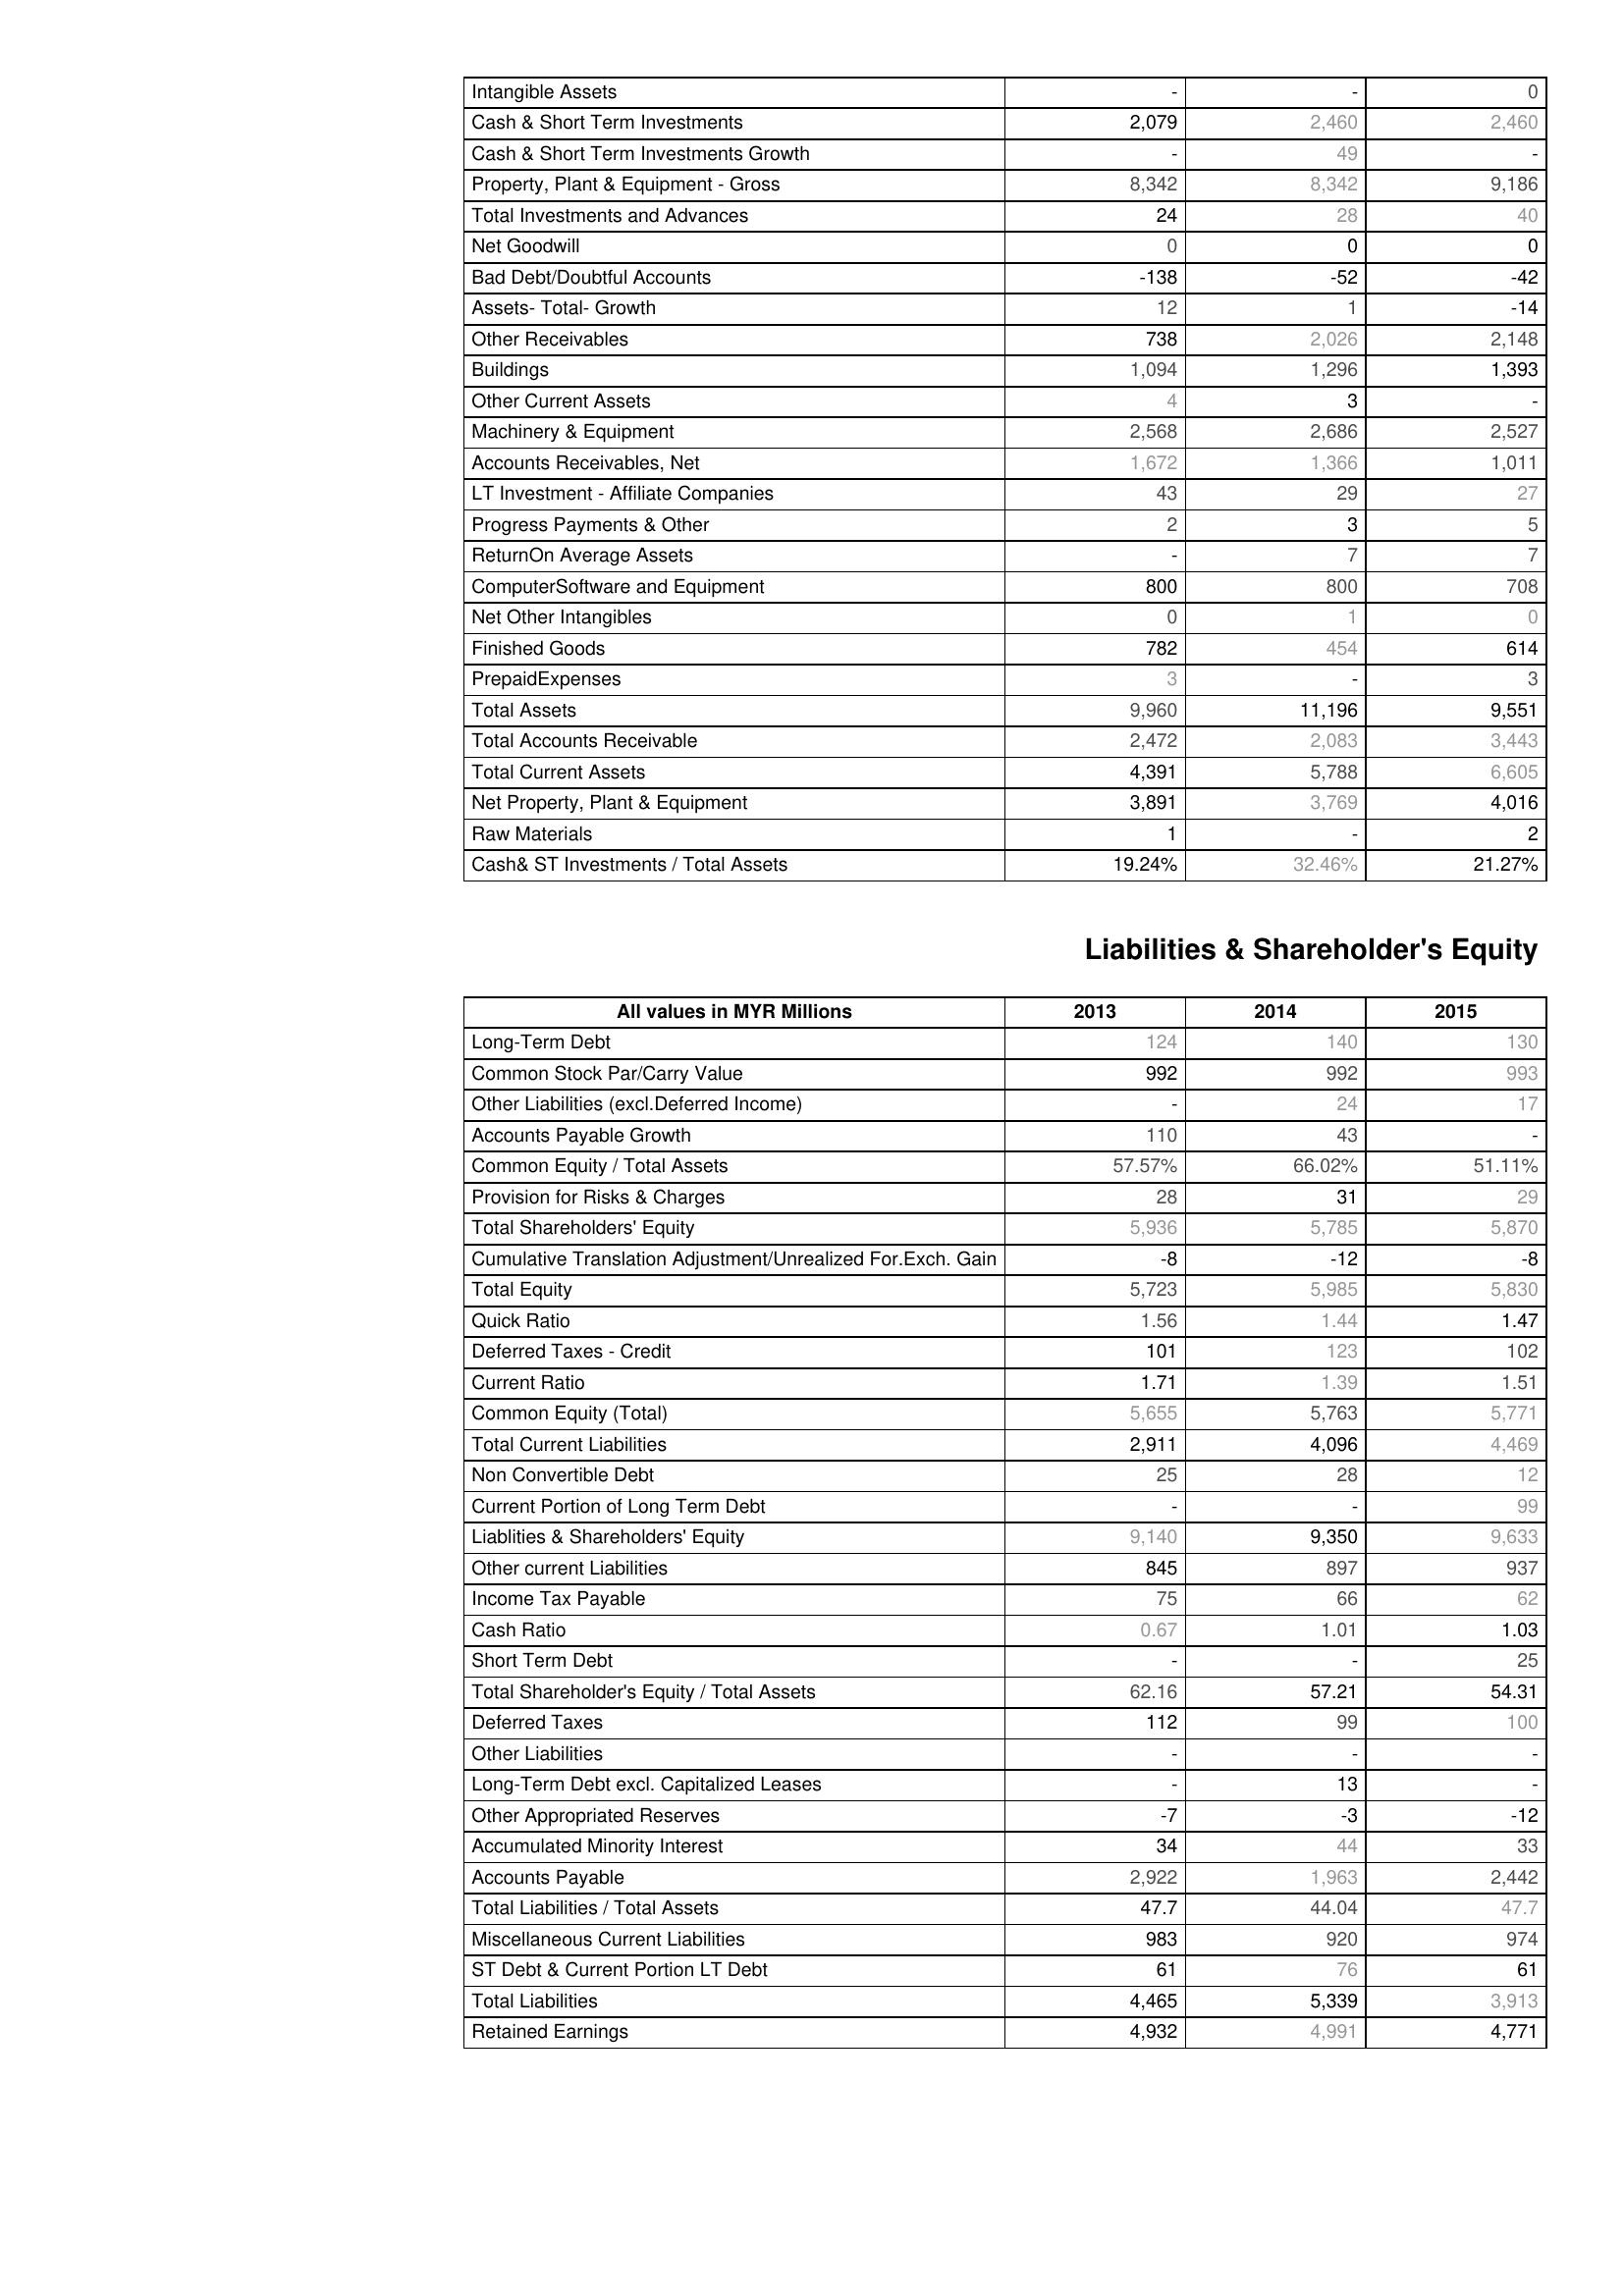
2013: Assets: Intangible Assets: -
Cash & Short Term Investments: 2,079
Cash & Short Term Investments Growth: -
Property, Plant & Equipment - Gross : 8,342
Total Investments and Advances: 24
Net Goodwill: 0
Bad Debt/Doubtful Accounts: -138
Assets- Total- Growth: 12
Other Receivables: 738
Buildings: 1,094
Other Current Assets: 4
Machinery & Equipment: 2,568
Accounts Receivables, Net: 1,672
LT Investment - Affiliate Companies: 43
Progress Payments & Other: 2
ReturnOn Average Assets: -
ComputerSoftware and Equipment: 800
Net Other Intangibles: 0
Finished Goods: 782
PrepaidExpenses: 3
Total Assets: 9,960
Total Accounts Receivable: 2,472
Total Current Assets: 4,391
Net Property, Plant & Equipment: 3,891
Raw Materials: 1
Cash& ST Investments / Total Assets: 19.24%
Liabilities & Shareholder's Equity: Long-Term Debt: 124
Common Stock Par/Carry Value: 992
Other Liabilities (excl.Deferred Income): -
Accounts Payable Growth: 110
Common Equity / Total Assets: 57.57%
Provision for Risks & Charges: 28
Total Shareholders' Equity: 5,936
Cumulative Translation Adjustment/Unrealized For.Exch. Gain: -8
Total Equity: 5,723
Quick Ratio: 1.56
Deferred Taxes - Credit: 101
Current Ratio: 1.71
Common Equity (Total): 5,655
Total Current Liabilities: 2,911
Non Convertible Debt: 25
Current Portion of Long Term Debt: -
Liablities & Shareholders' Equity: 9,140
Other current Liabilities: 845
Income Tax Payable: 75
Cash Ratio: 0.67
Short Term Debt: -
Total Shareholder's Equity / Total Assets: 62.16
Deferred Taxes: 112
Other Liabilities: -
Long-Term Debt excl. Capitalized Leases: -
Other Appropriated Reserves: -7
Accumulated Minority Interest: 34
Accounts Payable: 2,922
Total Liabilities / Total Assets: 47.7
Miscellaneous Current Liabilities: 983
ST Debt & Current Portion LT Debt: 61
Total Liabilities: 4,465
Retained Earnings: 4,932
2014: Assets: Intangible Assets: -
Cash & Short Term Investments: 2,460
Cash & Short Term Investments Growth: 49
Property, Plant & Equipment - Gross : 8,342
Total Investments and Advances: 28
Net Goodwill: 0
Bad Debt/Doubtful Accounts: -52
Assets- Total- Growth: 1
Other Receivables: 2,026
Buildings: 1,296
Other Current Assets: 3
Machinery & Equipment: 2,686
Accounts Receivables, Net: 1,366
LT Investment - Affiliate Companies: 29
Progress Payments & Other: 3
ReturnOn Average Assets: 7
ComputerSoftware and Equipment: 800
Net Other Intangibles: 1
Finished Goods: 454
PrepaidExpenses: -
Total Assets: 11,196
Total Accounts Receivable: 2,083
Total Current Assets: 5,788
Net Property, Plant & Equipment: 3,769
Raw Materials: -
Cash& ST Investments / Total Assets: 32.46%
Liabilities & Shareholder's Equity: Long-Term Debt: 140
Common Stock Par/Carry Value: 992
Other Liabilities (excl.Deferred Income): 24
Accounts Payable Growth: 43
Common Equity / Total Assets: 66.02%
Provision for Risks & Charges: 31
Total Shareholders' Equity: 5,785
Cumulative Translation Adjustment/Unrealized For.Exch. Gain: -12
Total Equity: 5,985
Quick Ratio: 1.44
Deferred Taxes - Credit: 123
Current Ratio: 1.39
Common Equity (Total): 5,763
Total Current Liabilities: 4,096
Non Convertible Debt: 28
Current Portion of Long Term Debt: -
Liablities & Shareholders' Equity: 9,350
Other current Liabilities: 897
Income Tax Payable: 66
Cash Ratio: 1.01
Short Term Debt: -
Total Shareholder's Equity / Total Assets: 57.21
Deferred Taxes: 99
Other Liabilities: -
Long-Term Debt excl. Capitalized Leases: 13
Other Appropriated Reserves: -3
Accumulated Minority Interest: 44
Accounts Payable: 1,963
Total Liabilities / Total Assets: 44.04
Miscellaneous Current Liabilities: 920
ST Debt & Current Portion LT Debt: 76
Total Liabilities: 5,339
Retained Earnings: 4,991
2015: Assets: Intangible Assets: 0
Cash & Short Term Investments: 2,460
Cash & Short Term Investments Growth: -
Property, Plant & Equipment - Gross : 9,186
Total Investments and Advances: 40
Net Goodwill: 0
Bad Debt/Doubtful Accounts: -42
Assets- Total- Growth: -14
Other Receivables: 2,148
Buildings: 1,393
Other Current Assets: -
Machinery & Equipment: 2,527
Accounts Receivables, Net: 1,011
LT Investment - Affiliate Companies: 27
Progress Payments & Other: 5
ReturnOn Average Assets: 7
ComputerSoftware and Equipment: 708
Net Other Intangibles: 0
Finished Goods: 614
PrepaidExpenses: 3
Total Assets: 9,551
Total Accounts Receivable: 3,443
Total Current Assets: 6,605
Net Property, Plant & Equipment: 4,016
Raw Materials: 2
Cash& ST Investments / Total Assets: 21.27%
Liabilities & Shareholder's Equity: Long-Term Debt: 130
Common Stock Par/Carry Value: 993
Other Liabilities (excl.Deferred Income): 17
Accounts Payable Growth: -
Common Equity / Total Assets: 51.11%
Provision for Risks & Charges: 29
Total Shareholders' Equity: 5,870
Cumulative Translation Adjustment/Unrealized For.Exch. Gain: -8
Total Equity: 5,830
Quick Ratio: 1.47
Deferred Taxes - Credit: 102
Current Ratio: 1.51
Common Equity (Total): 5,771
Total Current Liabilities: 4,469
Non Convertible Debt: 12
Current Portion of Long Term Debt: 99
Liablities & Shareholders' Equity: 9,633
Other current Liabilities: 937
Income Tax Payable: 62
Cash Ratio: 1.03
Short Term Debt: 25
Total Shareholder's Equity / Total Assets: 54.31
Deferred Taxes: 100
Other Liabilities: -
Long-Term Debt excl. Capitalized Leases: -
Other Appropriated Reserves: -12
Accumulated Minority Interest: 33
Accounts Payable: 2,442
Total Liabilities / Total Assets: 47.7
Miscellaneous Current Liabilities: 974
ST Debt & Current Portion LT Debt: 61
Total Liabilities: 3,913
Retained Earnings: 4,771